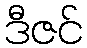
ဒီဇင်